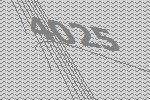
4025